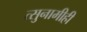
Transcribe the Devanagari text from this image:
त्सुनामीही